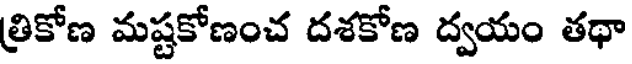
త్రికోణ మష్టకోణంచ దశకోణ ద్వయం తథా